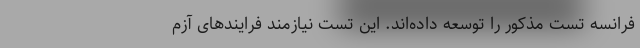
فرانسه تست مذکور را توسعه داده‌اند. این تست نیازمند فرایندهای آزم